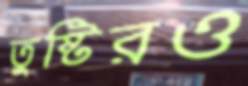
তুষ্টিরও